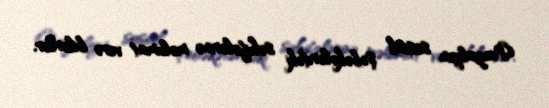
Nazirliyin sosial şəbəkələrdəki səhifələrinə məlumat verə bilərlər.